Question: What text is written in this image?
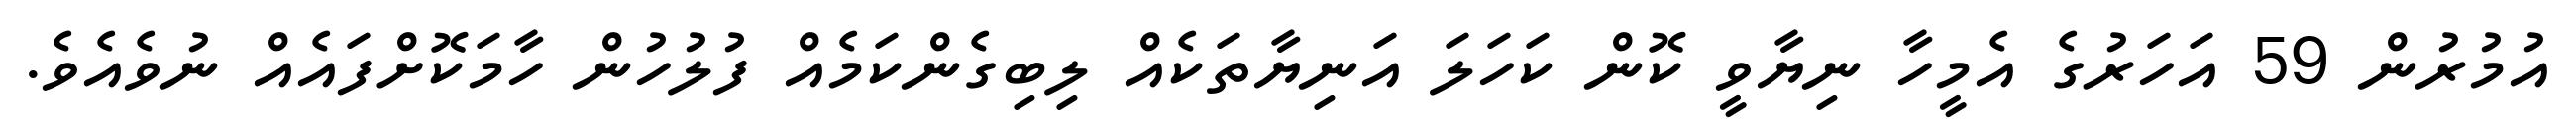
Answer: އުމުރުން 59 އަހަރުގެ އެމީހާ ނިޔާވީ ކޮން ކަހަލަ އަނިޔާތަކެއް ލިބިގެންކަމެއް ފުލުހުން ހާމަކޮށްފައެއް ނުވެއެވެ.